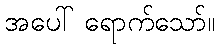
အပေါ် ရောက်သော်။